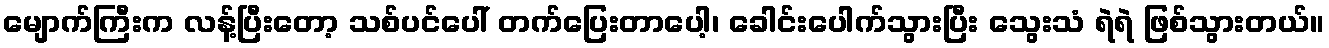
မျောက်ကြီးက လန့်ပြီးတော့ သစ်ပင်ပေါ် တက်ပြေးတာပေါ့၊ ခေါင်းပေါက်သွားပြီး သွေးသံ ရဲရဲ ဖြစ်သွားတယ်။